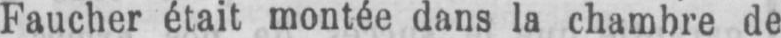
Faucher était montée dans la chambre de